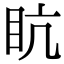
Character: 𥄦